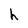
Character: h